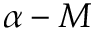
\alpha - M